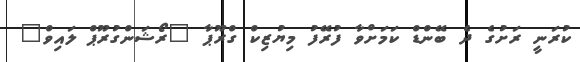
ކުރަނީ ރަށުގެ ދެ ބޭންޑް ކަމަށްވާ ފުރޭފު މިޔުޒިކް ގްރޫޕާ "ރޯޝަންގުރޫޕް ލައިވް"